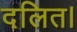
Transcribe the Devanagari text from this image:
दलित।